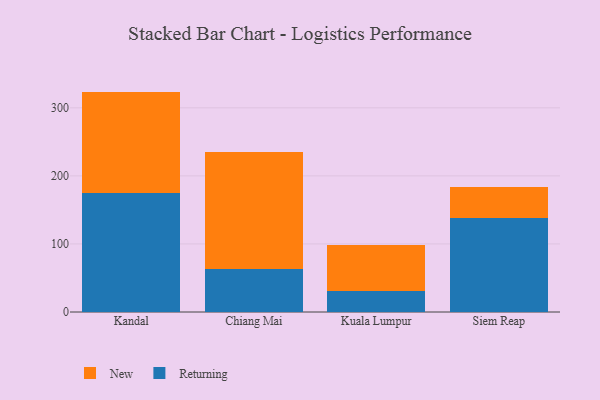
{"axis": {"x": "City", "y": "Customer Acquisition Cost (USD)"}, "legend": ["New", "Returning"], "data": [{"x": "Kandal", "y": 174.3, "type": "Returning"}, {"x": "Kandal", "y": 149.5, "type": "New"}, {"x": "Chiang Mai", "y": 62.9, "type": "Returning"}, {"x": "Chiang Mai", "y": 172.5, "type": "New"}, {"x": "Kuala Lumpur", "y": 30.2, "type": "Returning"}, {"x": "Kuala Lumpur", "y": 67.9, "type": "New"}, {"x": "Siem Reap", "y": 138.4, "type": "Returning"}, {"x": "Siem Reap", "y": 45.0, "type": "New"}]}